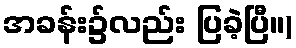
အခန်း၌လည်း ပြခဲ့ပြီ။)